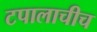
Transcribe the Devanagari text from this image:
टपालाचीच